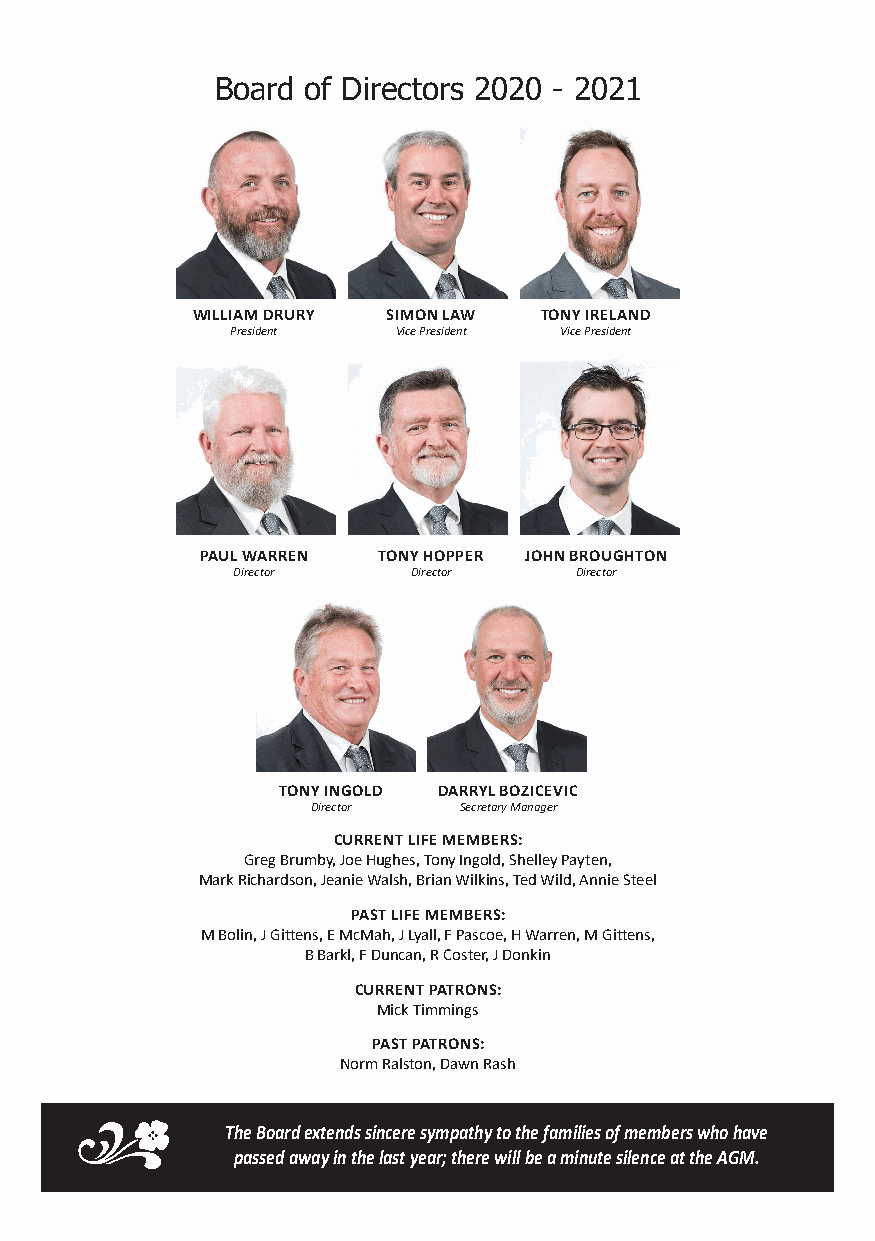
BoBaOrAdR Do fO FD DirIeRcEtCoTrOs R2S0 22001 9-- 22002021
 WILLIAM DRURY SIMON LAW TONY IRELAND
 President  Vice President Vice President
 PAUL WARREN TONY HOPPER JOHN BROUGHTON
 Director    Director   Director
 TONY INGOLD DARRYL BOZICEVIC
 Director Secretary Manager
 CURRENT LIFE MEMBERS:
 Greg Brumby, Joe Hughes, Tony Ingold, Shelley Payten,
 Mark Richardson, Jeanie Walsh, Brian Wilkins, Ted Wild, Annie Steel
 PAST LIFE MEMBERS:
 M Bolin, J Gittens, E McMah, J Lyall, F Pascoe, H Warren, M Gittens,
 B Barkl, F Duncan, R Coster, J Donkin
 CURRENT PATRONS:
 Mick Timmings
 PAST PATRONS:
 Norm Ralston, Dawn Rash
 The Board extends sincere sympathy to the families of members who have
 passed away in the last year; there will be a minute silence at the AGM.